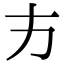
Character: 𭤧